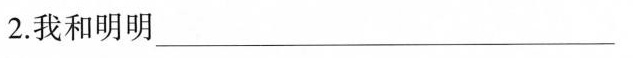
2.我和明明__